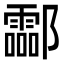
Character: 酃